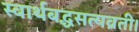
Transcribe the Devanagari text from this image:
स्वार्थबद्धसत्यव्रती।